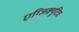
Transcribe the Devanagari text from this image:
एग्जिक्यूटिव